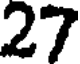
27